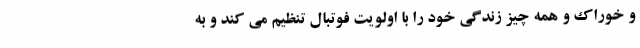
و خوراک و همه چیز زندگی خود را با اولویت فوتبال تنظیم می کند و به